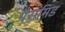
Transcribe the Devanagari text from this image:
पैरामिड